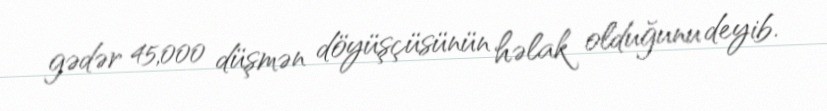
gədər 45,000 düşmən döyüşçüsünün həlak olduğunu deyib.